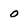
Character: 0